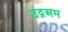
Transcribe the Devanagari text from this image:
उद्गअम